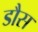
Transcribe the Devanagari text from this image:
डौस